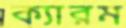
ক্যারম